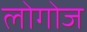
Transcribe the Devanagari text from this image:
लोगोज